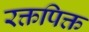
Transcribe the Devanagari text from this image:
रक्तपिक्त